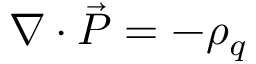
\nabla \cdot \vec { P } = - \rho _ { q }